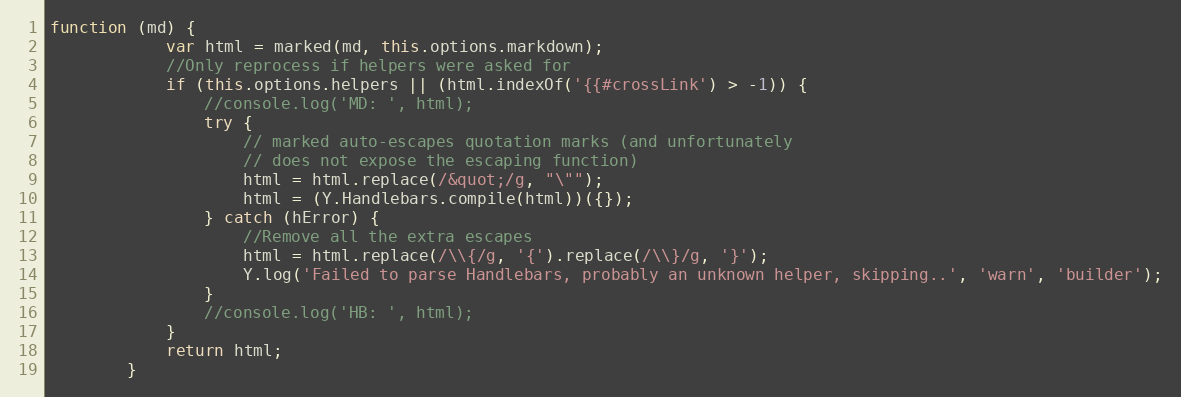
Language: JavaScript
function (md) {
            var html = marked(md, this.options.markdown);
            //Only reprocess if helpers were asked for
            if (this.options.helpers || (html.indexOf('{{#crossLink') > -1)) {
                //console.log('MD: ', html);
                try {
                    // marked auto-escapes quotation marks (and unfortunately
                    // does not expose the escaping function)
                    html = html.replace(/&quot;/g, "\"");
                    html = (Y.Handlebars.compile(html))({});
                } catch (hError) {
                    //Remove all the extra escapes
                    html = html.replace(/\\{/g, '{').replace(/\\}/g, '}');
                    Y.log('Failed to parse Handlebars, probably an unknown helper, skipping..', 'warn', 'builder');
                }
                //console.log('HB: ', html);
            }
            return html;
        }